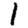
Digit: 1